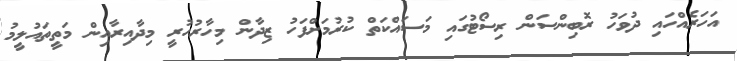
އަހަރެއްހައި ދުވަހު ރޮބިންސަން ރިސޯޓުގައި މަސައްކަތް ކުރުމަށްފަހު ޒިދާން މިހާރުހުރީ މިދާއިރާއިން މަތީތައުލީމު